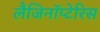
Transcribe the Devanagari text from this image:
लैजिनॉप्टेरिस